Mental hospitals Bombay report 1921-28 - 1921-1928
Year: 1921
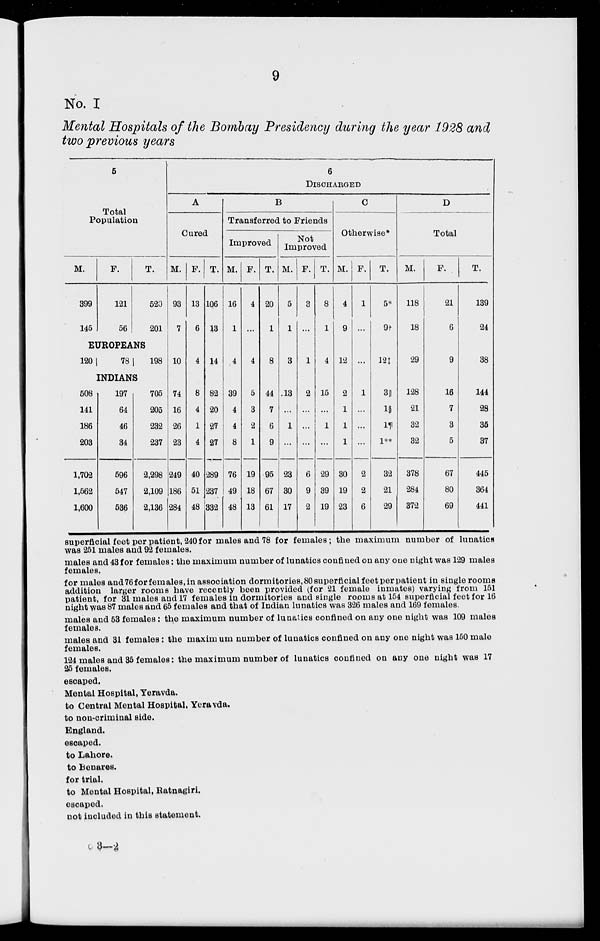
9
No. I
Mental Hospitals of the Bombay Presidency during the year 1928 and
two previous years
5
Total
Population
M.
399
145
F.
121
56
T.
520
201
6
DISCHARGED
A
Cured
M.
93
7
EUROPEANS
120
78 198
10
INDIANS
508
141
186
203
1,702
1,562
1,600
197
64
46
34
596
547
536
705
205
232
237
2,298
2,109
2,136
74
16
26
23
249
186
284
F.
13
6
4
8
4
1
4
40
51
48
T.
106
13
14
82
20
27
27
289
237
332
B
Transferred to Friends
Improved
M.
16
1
4
39
4
4
8
76
49
48
F.
4
...
4
5
3
2
1
19
18
13
T.
20
1
8
44
7
6
9
95
67
61
Not
Improved
M.
5
1
3
.13
...
1
...
23
30
17
F.
3
...
1
2
...
...
...
6
9
2
T.
8
1
4
15
...
1
...
29
39
19
C
Otherwise*
M.
4
9
12
2
1
1
1
30
19
23
F.
1
...
...
1
...
...
...
2
2
6
T.
5*
9+
12
3||
1§
1¶
1**
32
21
29
D
Total
M.
118
18
29
128
21
32
32
378
284
372
F.
21
6
9
16
7
3
5
67
80
69
T.
139
24
38
144
28
35
37
445
364
441
superficial feet per patient, 240 for males and 78 for females; the maximum number of lunatics
was 251 males and 92 females.
males and 43 for females: the maximum number of lunatics confined on any one night was 129 males
females.
for males and 76 for females, in association dormitories,80 superficial feet per patient in single rooms
addition larger rooms have recently been provided (for 21 female inmates) varying from 151
patient, for 31 males and 17 females in dormitories and single rooms at 154 superficial feet for 16
night was 87 males and 65 females and that of Indian lunatics was 326 males and 169 females.
males and 53 females : the maximum number of lunatics confined on any one night was 109 males
females.
males and 31 females : the maximum number of lunatics confined on any one night was 150 male
females.
124 males and 35 females: the maximum number of lunatics confined on any one night was 17
25 females.
escaped.
Mental Hospital, Yeravda.
to Central Mental Hospital, Yeravda.
to non-criminal side.
England.
escaped.
to Lahore.
to Benares.
for trial.
to Mental Hospital, Ratnagiri.
escaped.
not included in this statement.
o 3—2